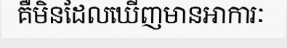
គឺមិនដែលឃើញមានអាការៈ